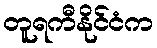
တူရကီနိုင်ငံက